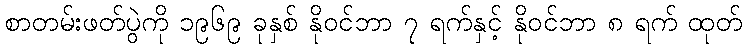
စာတမ်းဖတ်ပွဲကို ၁၉၆၉ ခုနှစ် နိုဝင်ဘာ ၇ ရက်နှင့် နိုဝင်ဘာ ၈ ရက် ထုတ်